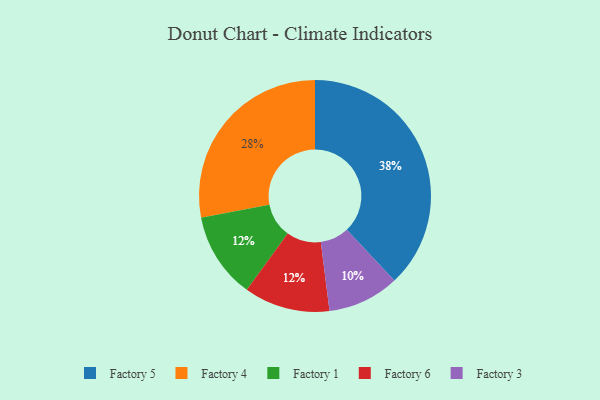
{"axis": {"x": "Category", "y": "Percentage"}, "legend": ["Factory 1", "Factory 3", "Factory 4", "Factory 5", "Factory 6"], "data": [{"x": "Factory 1", "y": 12, "type": "Factory 1"}, {"x": "Factory 5", "y": 38, "type": "Factory 5"}, {"x": "Factory 3", "y": 10, "type": "Factory 3"}, {"x": "Factory 4", "y": 28, "type": "Factory 4"}, {"x": "Factory 6", "y": 12, "type": "Factory 6"}]}